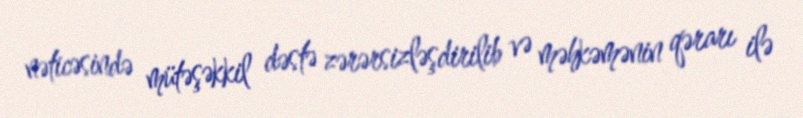
nəticəsində mütəşəkkil dəstə zərərsizləşdirilib və məhkəmənin qərarı ilə